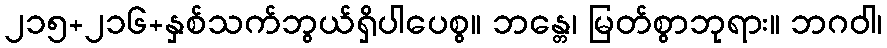
၂၁၅+၂၁၆+နှစ်သက်ဘွယ်ရှိပါပေစွ။ ဘန္တေ၊ မြတ်စွာဘုရား။ ဘဂဝါ၊